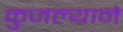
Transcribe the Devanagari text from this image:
कुजल्याने